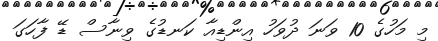
މި މަހުގެ 10 ވަނަ ދުވަހު އިންޑިއާ ކަނޑުގެ ވިނާސް ޑޭ ފާހަގަ